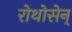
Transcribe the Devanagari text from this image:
रोथोसेन्